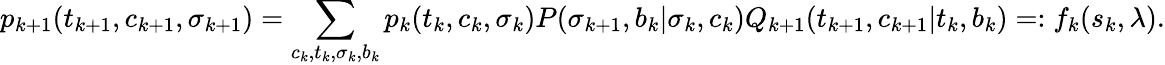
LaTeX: p_{k+1}(t_{k+1},c_{k+1},\sigma_{k+1})=\sum_{c_{k},t_{k},\sigma_{k},b_{k}}p_{k}(t_{k},c_{k},\sigma_{k})P(\sigma_{k+1},b_{k}|\sigma_{k},c_{k})Q_{k+1}(t_{k+1},c_{k+1}|t_{k},b_{k})=:f_{k}(s_{k},\lambda).